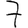
Digit: 7